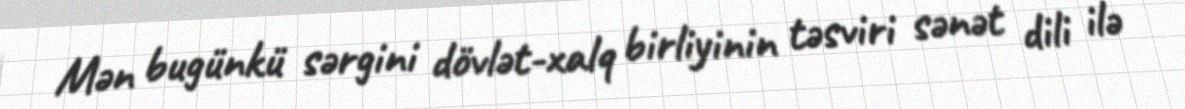
Mən bugünkü sərgini dövlət-xalq birliyinin təsviri sənət dili ilə